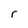
Character: r